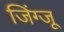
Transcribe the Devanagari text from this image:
जिंग्जू